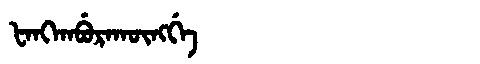
Manchu: ᡶᠠᠩᡴᠠᠪᡠᡵᠠᡴᡡᠩᡤᡝ
Romanization: FANGKABURAKŪNGGE